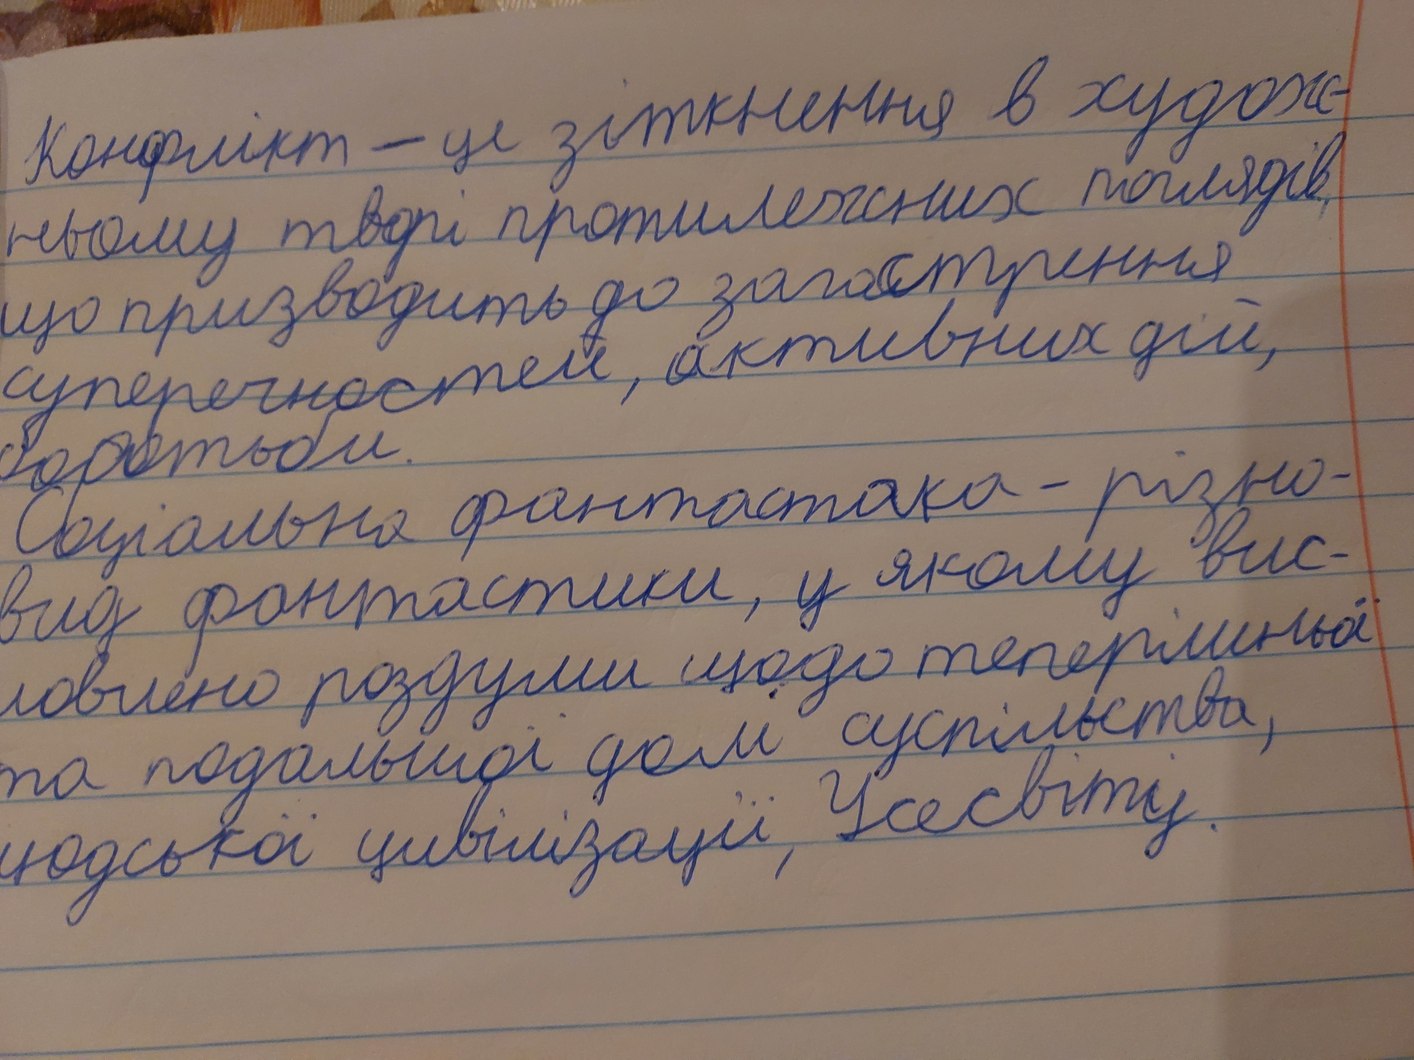
Конфлікт - це зіткнення в худож-
ньому творі протилежних поглядів,
що призводять до загострення
суперечностей, активних дій,
боротьби.
Соціальна фантастика - різно-
вид фантастики, у якому вис-
ловлено роздуми щодо теперішньої
та подальшої долі суспільства,
людської цивілізації, Усесвіту.